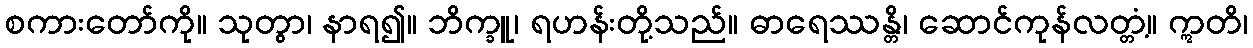
စကားတော်ကို။ သုတွာ၊ နာရ၍။ ဘိက္ခူ၊ ရဟန်းတို့သည်။ ဓာရေဿန္တိ၊ ဆောင်ကုန်လတ္တံ့။ ဣတိ၊